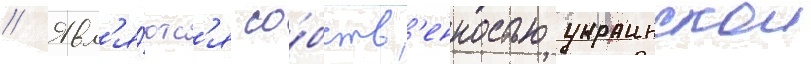
// Явл'я́ютс'я со́бств'енностью украинскои